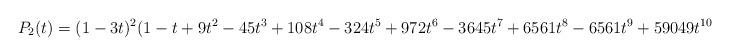
LaTeX: \begin{align*}P_2(t) = (1 - 3 t)^2 (1 - t + 9 t^2 - 45 t^3 + 108 t^4 - 324 t^5 + 972 t^6 - 3645 t^7 + 6561 t^8 - 6561 t^9 + 59049 t^{10})\end{align*}